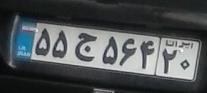
۵۵ج۵۶۴۲۰